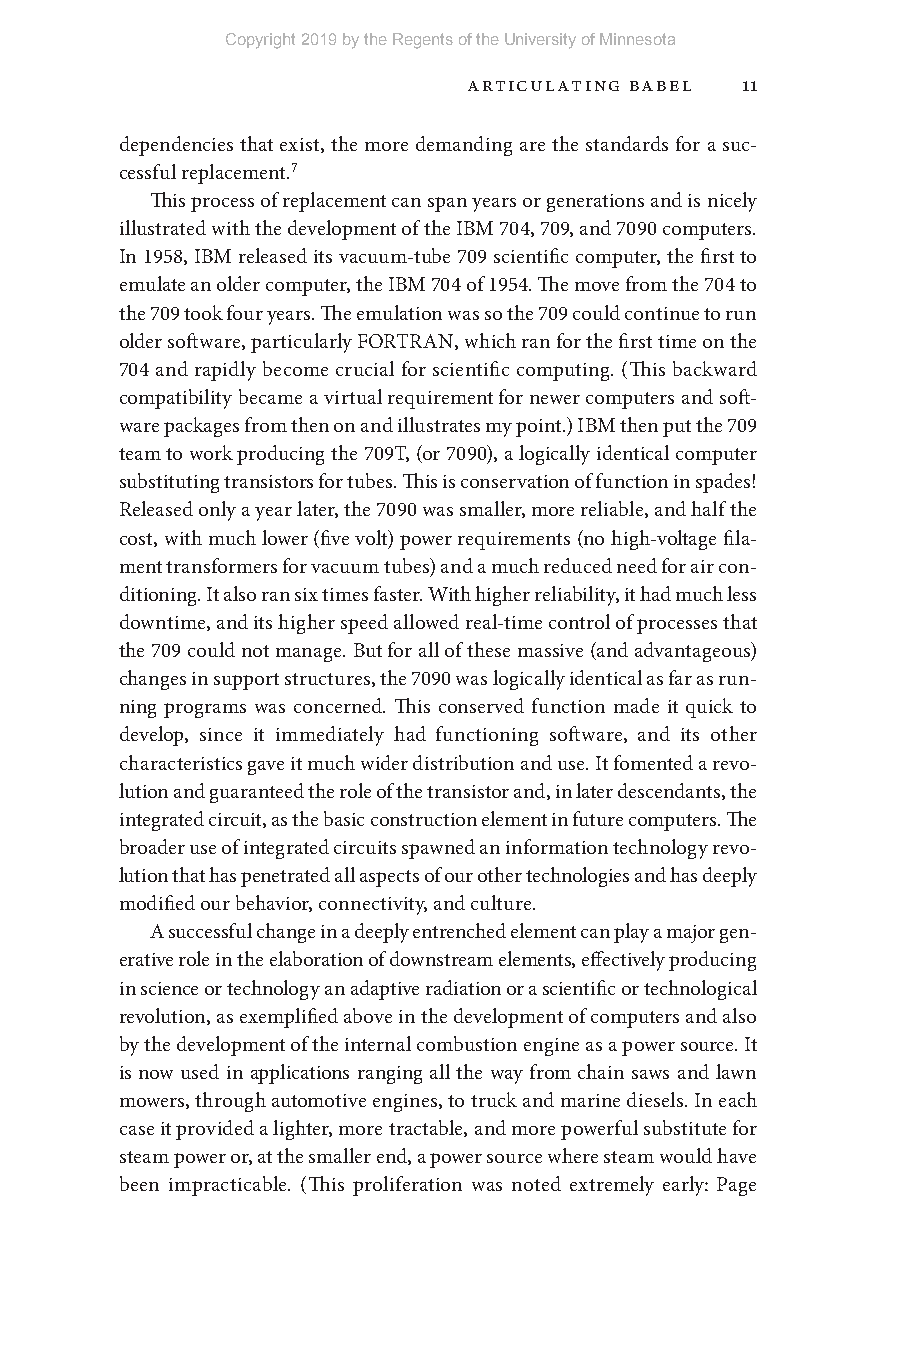
Copyright 2019 by the Regents of the University of Minnesota
 Articulating Babel 11
 dependencies that exist, the more demanding are the standards for a suc-
 cessful replacement.7
 This process of replacement can span years or generations and is nicely
 illustrated with the development of the IBM 704, 709, and 7090 computers.
 In 1958, IBM released its vacuum- tube 709 scientific computer, the first to
 emulate an older computer, the IBM 704 of 1954. The move from the 704 to
 the 709 took four years. The emulation was so the 709 could continue to run
 older software, particularly FORTRAN, which ran for the first time on the
 704 and rapidly become crucial for scientific computing. (This backward
 compatibility became a virtual requirement for newer computers and soft-
 ware packages from then on and illustrates my point.) IBM then put the 709
 team to work producing the 709T, (or 7090), a logically identical computer
 substituting transistors for tubes. This is conservation of function in spades!
 Released only a year later, the 7090 was smaller, more reliable, and half the
 cost, with much lower (five volt) power requirements (no high- voltage fila-
 ment transformers for vacuum tubes) and a much reduced need for air con-
 ditioning. It also ran six times faster. With higher reliability, it had much less
 downtime, and its higher speed allowed real- time control of processes that
 the 709 could not manage. But for all of these massive (and advantageous)
 changes in support structures, the 7090 was logically identical as far as run-
 ning programs was concerned. This conserved function made it quick to
 develop, since it immediately had functioning software, and its other
 characteristics gave it much wider distribution and use. It fomented a revo-
 lution and guaranteed the role of the transistor and, in later descendants, the
 integrated circuit, as the basic construction element in future computers. The
 broader use of integrated circuits spawned an information technology revo-
 lution that has penetrated all aspects of our other technologies and has deeply
 modified our behavior, connectivity, and culture.
 A successful change in a deeply entrenched element can play a major gen-
 erative role in the elaboration of downstream elements, effectively producing
 in science or technology an adaptive radiation or a scientific or technological
 revolution, as exemplified above in the development of computers and also
 by the development of the internal combustion engine as a power source. It
 is now used in applications ranging all the way from chain saws and lawn
 mowers, through automotive engines, to truck and marine diesels. In each
 case it provided a lighter, more tractable, and more powerful substitute for
 steam power or, at the smaller end, a power source where steam would have
 been impracticable. (This proliferation was noted extremely early: Page